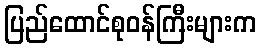
ပြည်ထောင်စုဝန်ကြီးများက